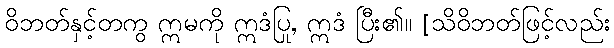
ဝိဘတ်နှင့်တကွ ဣမကို ဣဒံပြု, ဣဒံ ပြီး၏။ [သိဝိဘတ်ဖြင့်လည်း